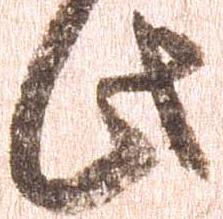
此